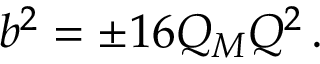
b ^ { 2 } = \pm 1 6 Q _ { M } Q ^ { 2 } \, .